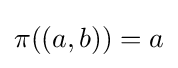
\pi ((a,b))=a